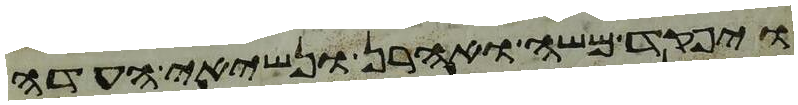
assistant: ויפקד משה ואהרן ונשיאי העדה